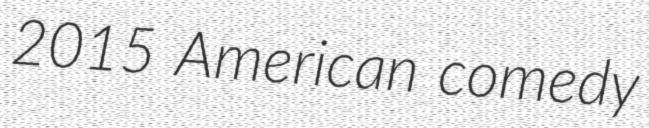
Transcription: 2015 American comedy